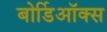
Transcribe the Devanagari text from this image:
बोर्डिऑक्स